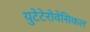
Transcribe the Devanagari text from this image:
युटेटेरोवेसिकल